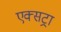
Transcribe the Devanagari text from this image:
एक्‍सट्रा